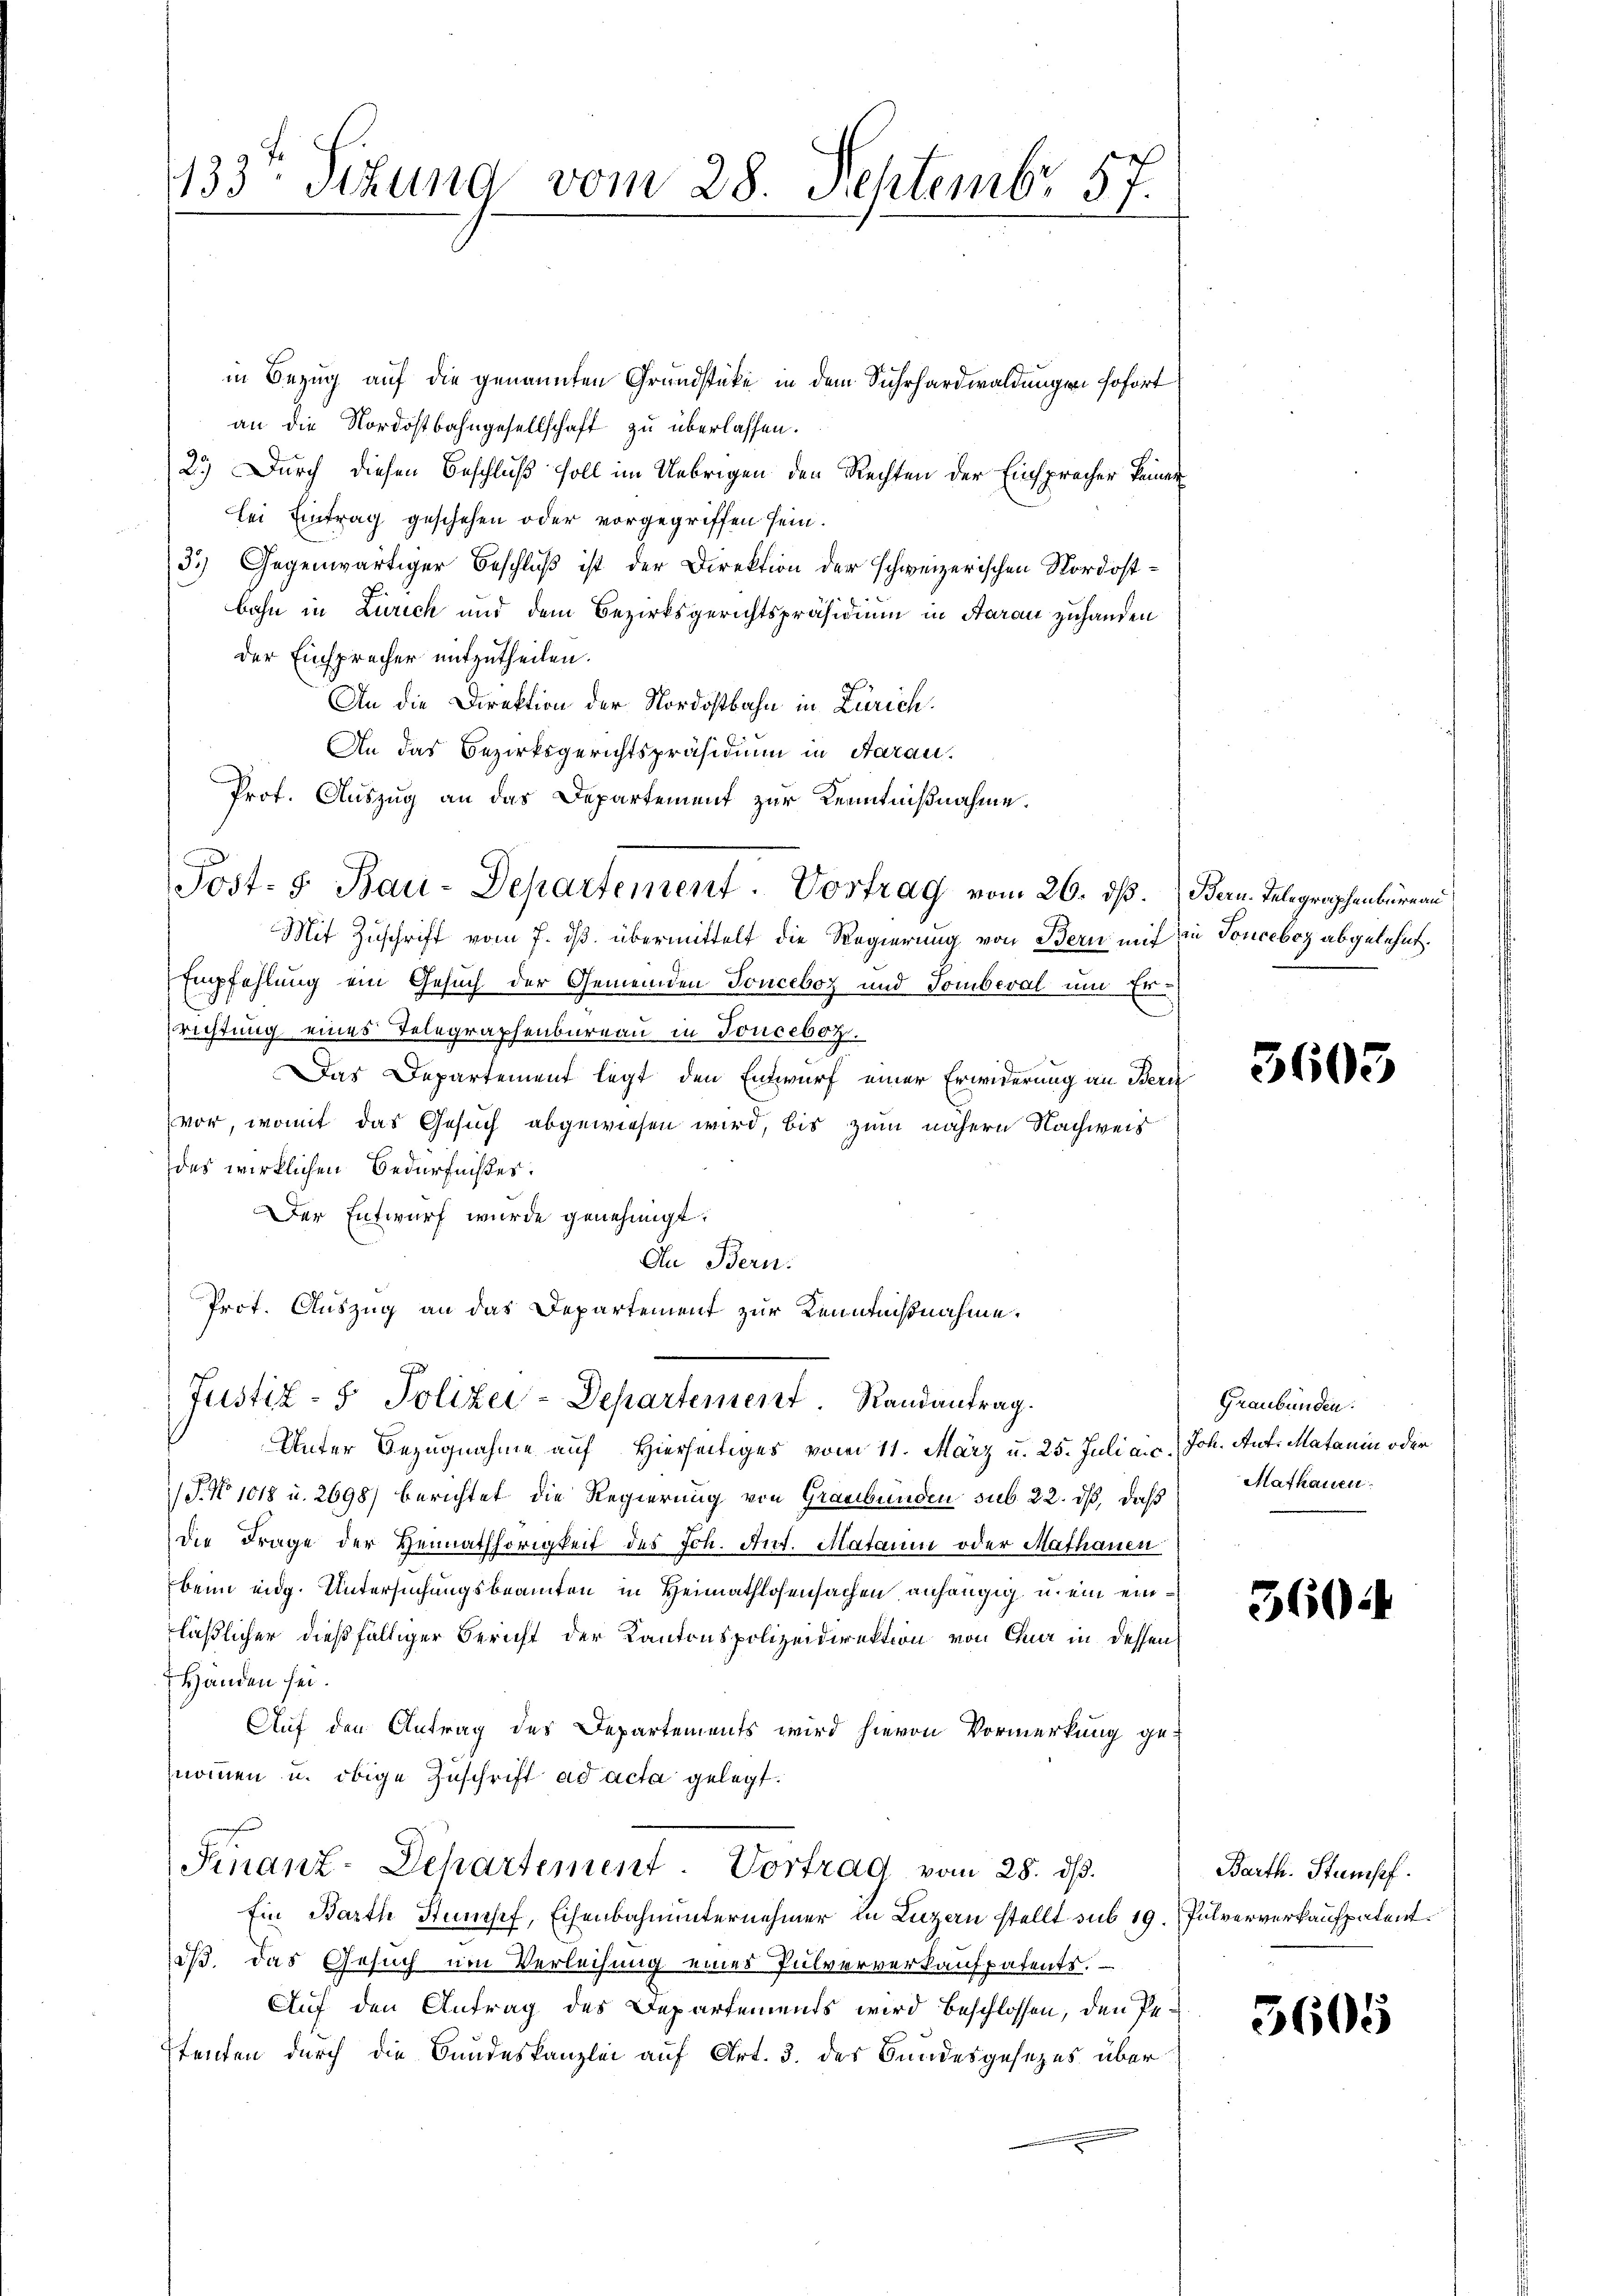
133. Sizung vom 28. Septembr 57.

in Bezug auf die genannten Grundstüke in dem Suhrhardwaldungen sofort
an die Nordostbahngesellschaft zu überlassen.
2.) Durch diesen Beschluß soll im Uebrigen den Rechten der Einspracher keiner
Bei Eintrag geschehen oder vorgegriffen sein.
3.) Gegenwärtiger Beschluß ist der Direktion der schweizerischen Nordostbahn in Zürich und dem Bezirksgerichtspräsidium in Saran zuhanden
der Einsprecher mitzutheilen.
An die Direktion der Nordostbahn in Zürich.
An das Bezirksgerichtspräsidium in Aarau
Prof. Auszug an das Departement zur Kenntnißnahme.
Mit Zuschrift vom 7. ds. übermittelt die Regierung von Bern mit in Tonceboz abgelehnt.
Empfehlung ein Gesuch der Gemeinden Tonceboz und Tomberal um Er¬
Erichtung eines Telegraphenbureau in Tonceboz.
Das Departement legt den Entwurf einer Erwiderung an Bern
vor, womit das Gesuch abgewiesen wird, bis zum nähern Nachweis
des wirklichen Bedürfnißes.
Der Entwurf wurde genehmigt.
An Bern.
Prot. Auszug an das Departement zur Kenntnißnahme.
Justiz- & Polizei-Departement. Randantrag.
Unter Bezugnahme auf Hierseitiges vom 11. März u. 25. Juli a.c. Joh. Aufs Matanin oder
/J. No 1018 u. 2698) berichtet die Regierung von Graubünden sub. 22. dß, daß
die Frage der Vernathhörigkeit des Joh. Art. Mataum oder Mathauen
beim eidg. Untersuchungsbeamten in Heimathlosensachen anhängig u. ein einläßlicher dießfälliger Bericht der Kantonspolizeidirektion von Chur in dessen
Händen sei.
Auf den Antrag des Departements wird hievon Vormerkung genommen u. obige Zuschrift ad acta gelegt.
Finanz-Departement. Vortrag vom 28. ds.
Ein Barthe Stumpf, Eisenbahnunternehmer in Luzern stellt sub 19. Pulververkaufpatent
iß. Das Gesuch um Verleihung eines Pulververkaufpatents.
Auf den Antrag des Departements wird beschlossen, den Petenten durch die Bundeskanzlei auf Art. 3. des Bundesgesezes über

Post- & Bau-Departement. Vortrag vom 26. dß. Bern. Telegraphenbüreau

360.

Graubünden.
Mathauen.

360.

Barth. Stumpf.

3605